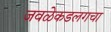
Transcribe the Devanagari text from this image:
जवळेकडलगचा